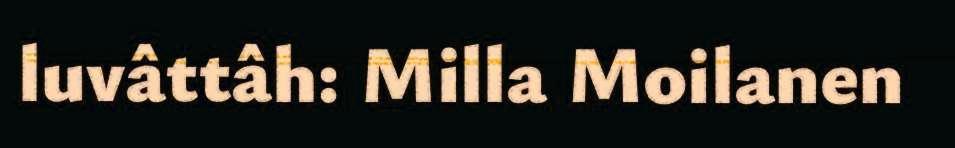
luvâttâh: Milla Moilanen